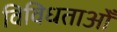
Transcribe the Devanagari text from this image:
विविधताओँ